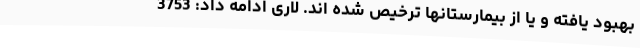
بهبود یافته و یا از بیمارستانها ترخیص شده اند. لاری ادامه داد: 3753